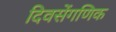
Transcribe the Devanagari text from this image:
दिवसेंगणिक